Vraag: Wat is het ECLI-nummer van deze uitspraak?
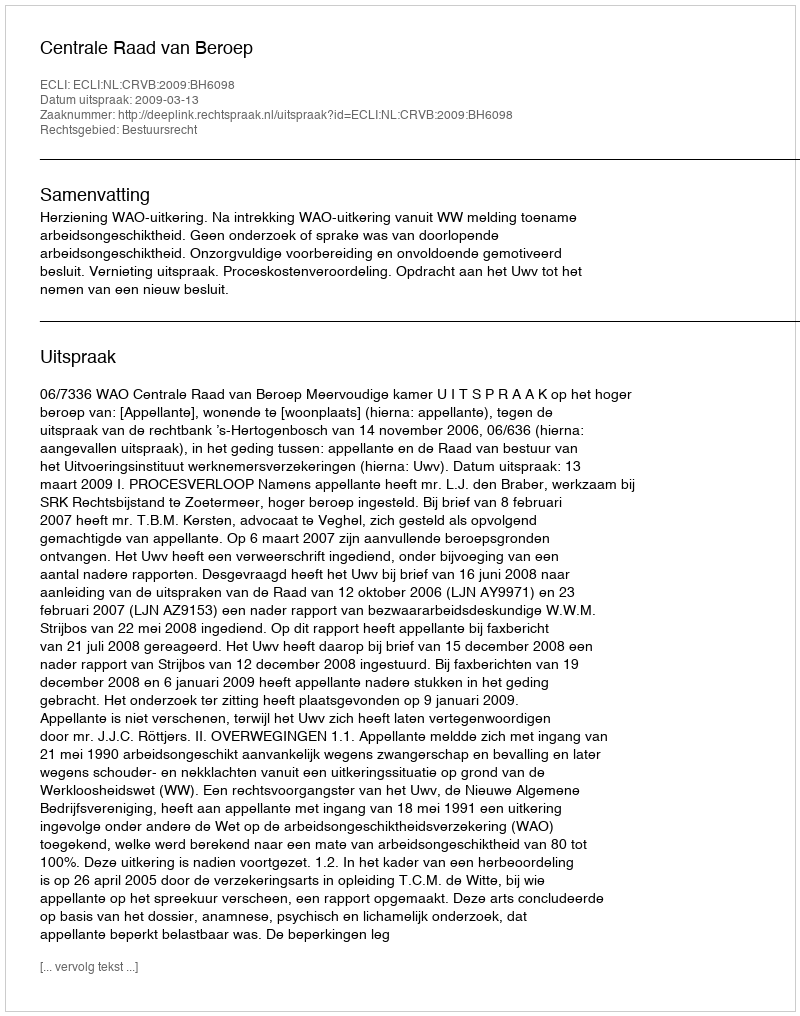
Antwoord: ECLI:NL:CRVB:2009:BH6098